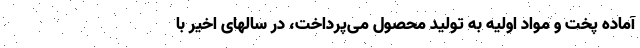
آماده پخت و مواد اولیه به تولید محصول می‌پرداخت، در سالهای اخیر با